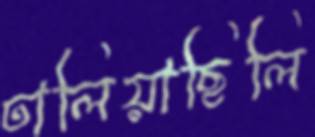
ঢালিয়াছিলি